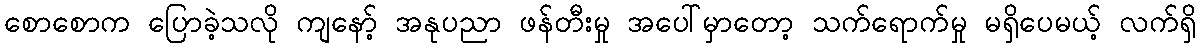
စောစောက ပြောခဲ့သလို ကျနော့် အနုပညာ ဖန်တီးမှု အပေါ်မှာတော့ သက်ရောက်မှု မရှိပေမယ့် လက်ရှိ